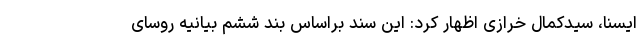
ایسنا، سیدکمال خرازی اظهار کرد: این سند براساس بند ششم بیانیه روسای